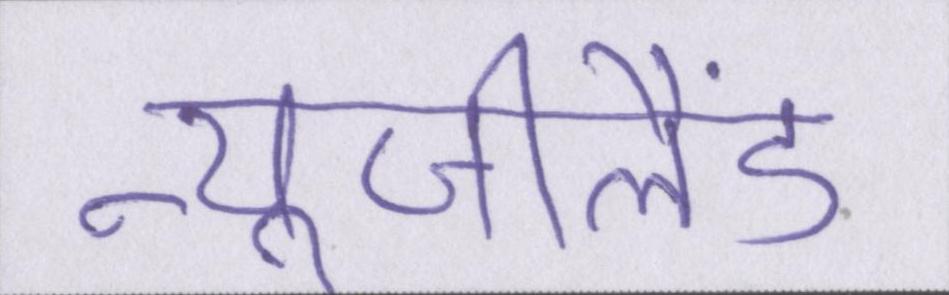
न्यूजीलैंड